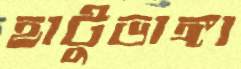
হাটুভাঙ্গা